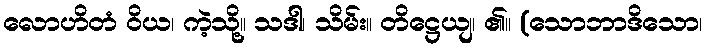
လောဟိတံ ဝိယ၊ ကဲ့သို့။ သဒါ၊ သိမ်း။ တိဋ္ဌေယျ၊ ၏။ (သောဘာဒိသော၊